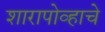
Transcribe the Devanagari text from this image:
शारापोव्हाचे